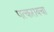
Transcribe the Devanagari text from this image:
पत्करायचा